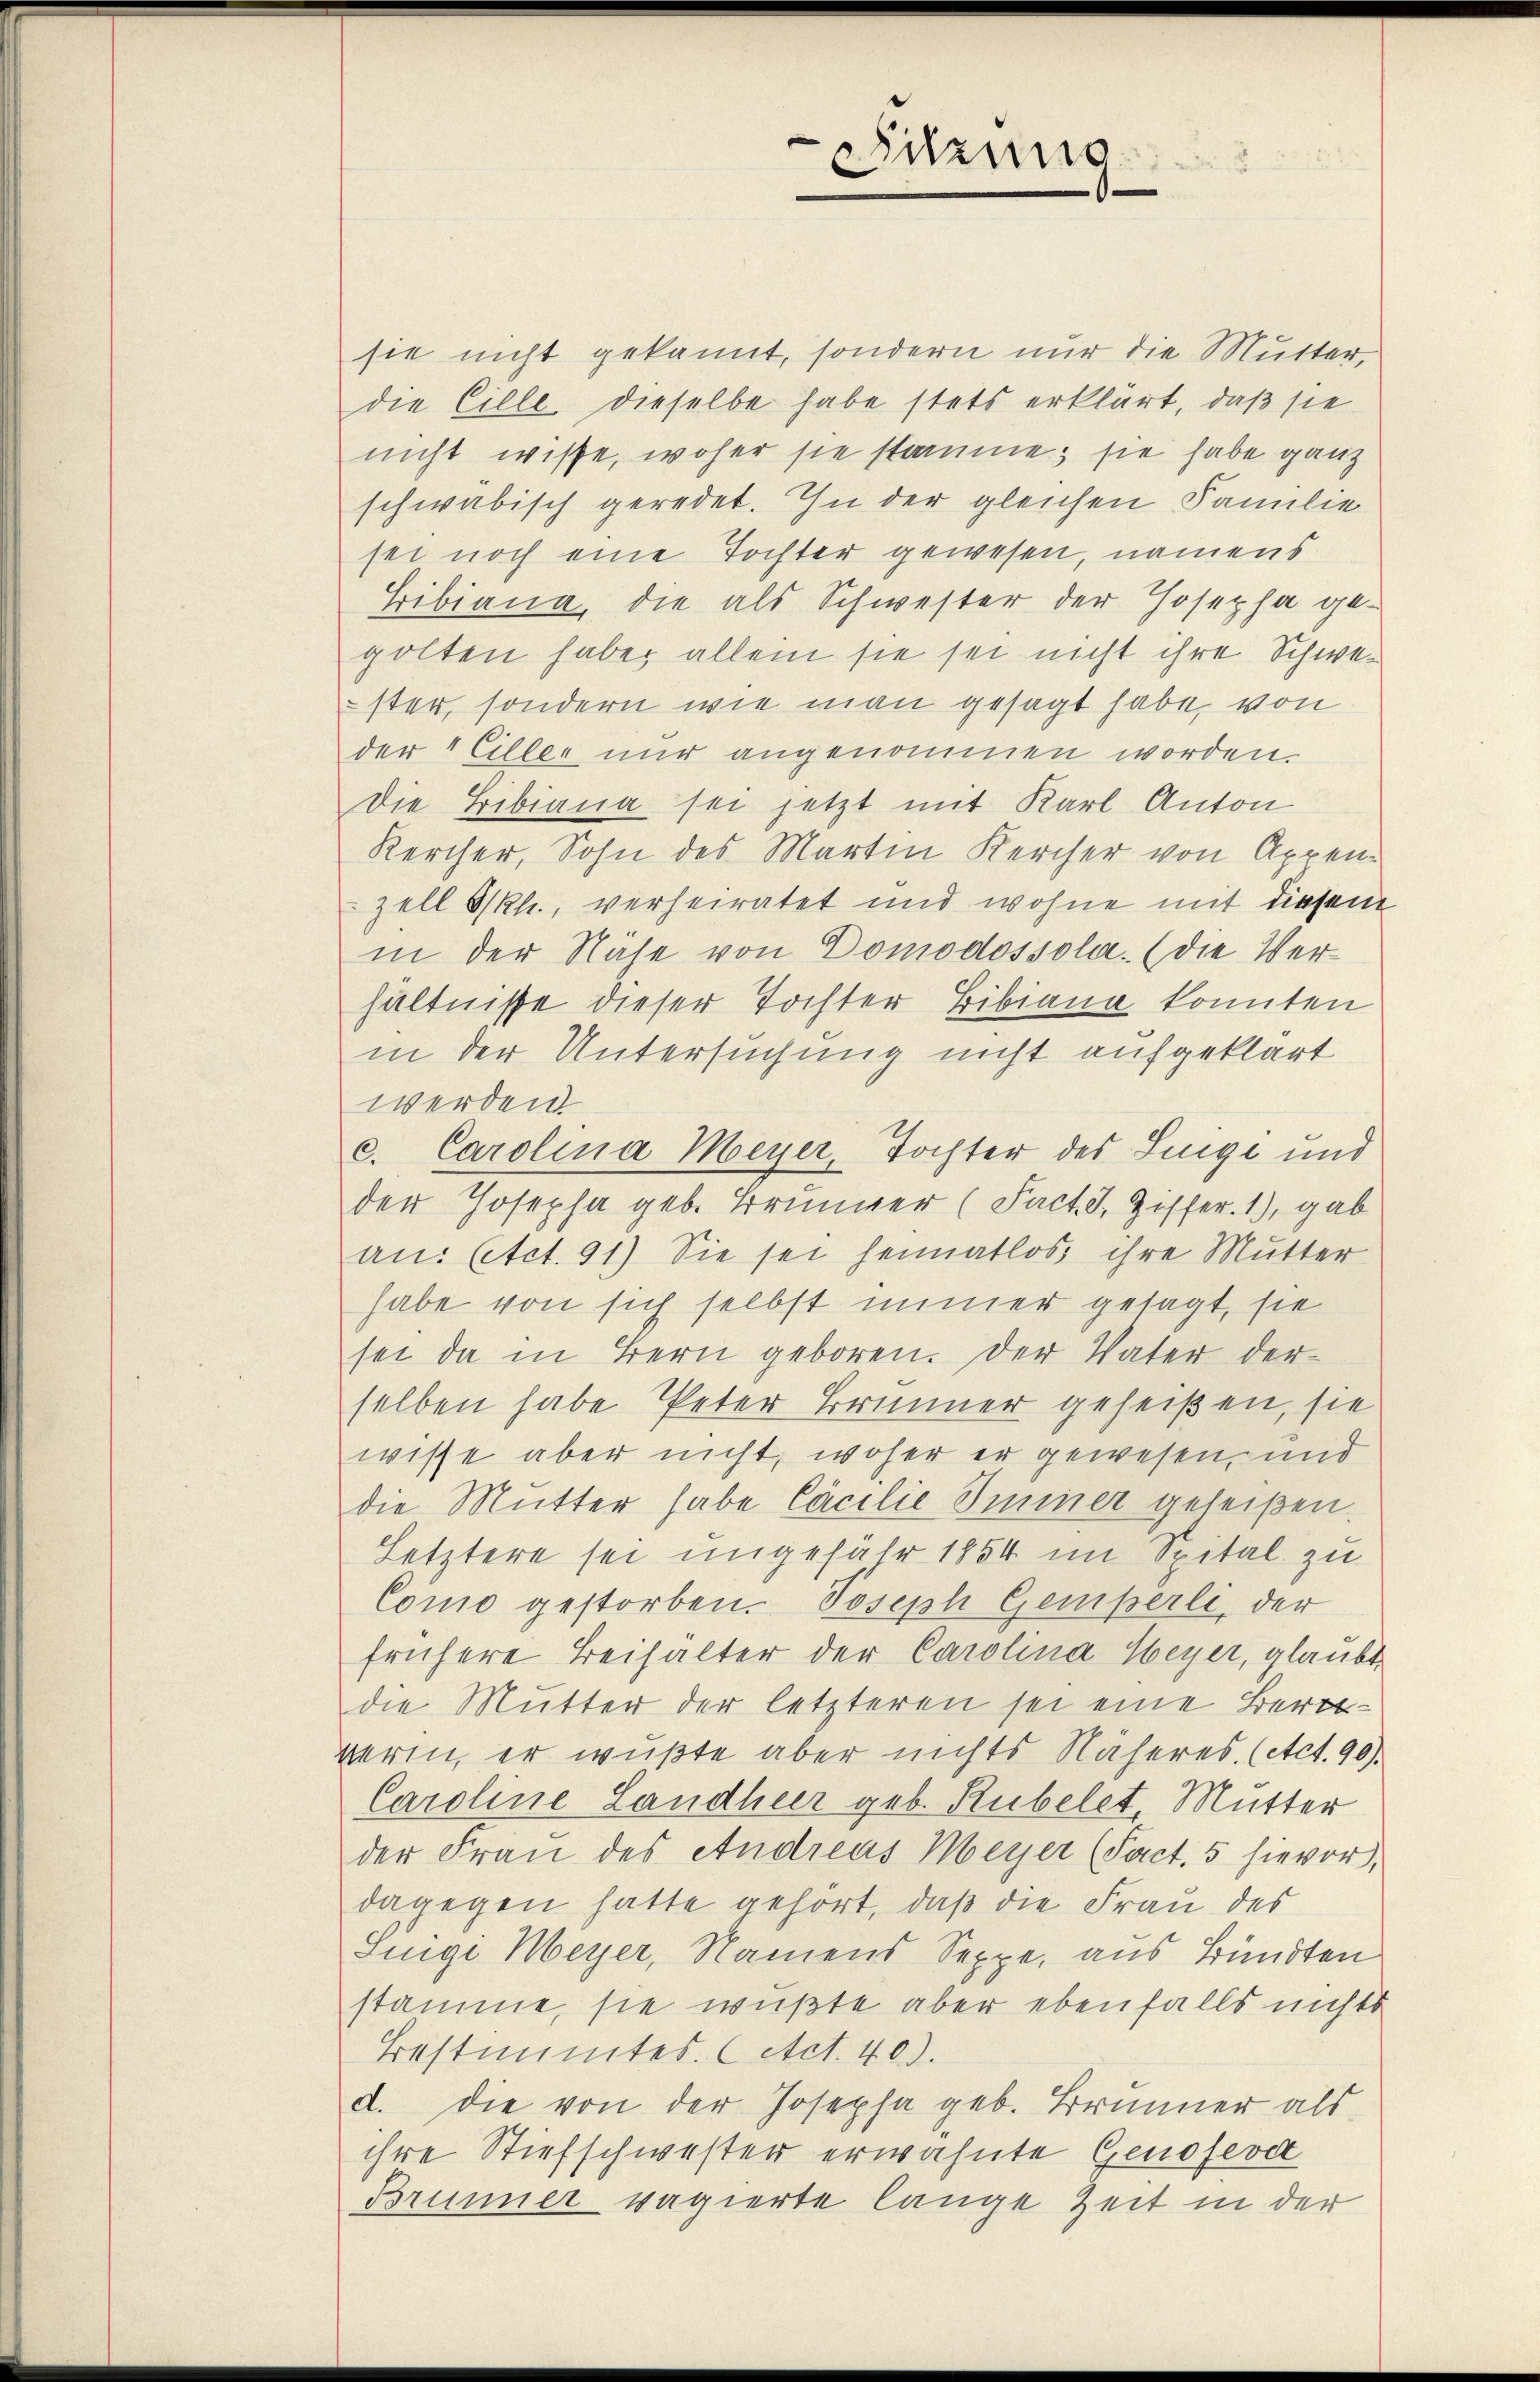
sie nicht gekannt, sondern nur die Mutter,
die Cille dieselbe habe stets erklärt, daß sie
nicht wisse, woher sie staume; sie habe ganz
schwäbisch geredet. In der gleichen Familie
sei noch eine Tochter gewesen, namens
Tibiana, die als Schwester der Josepha gegolten habe, allein sie sei nicht ihre Schwester, sondern wie man gesagt habe, von
der 1 Eiller nur angenommen worden.
Die Bibiana sei jetzt mit Karl Anton
Kercher, Sohn des Martin Kercher von Appen-
zell I/Rh., verheiratet und wohne mit diesen
in der Nähe von Domodossola. (die Verhältnisse dieser Tochter Bibiana konnten
in der Untersuchung nicht aufgeklärt
werden
c. Carolina Meyer, Tochter des Lunge und
der Josepha geb. Brunner (Fact. I. Ziffer. 1), gab
an: (etct. 91) Sie sei heimatlos, ihre Mutter
habe von sich selbst immer gesagt, sie
sei da in Bern geboren. Der Vater derselben habe Peter Brunner geheißen, sie
wisse aber nicht, woher er gewesen, und
die Mutter habe Cäcilie Immer geleißen.
Letztere sei ungefähr 1854 im Spital zu
Como gestorben. Joseph Gemperli, der
frühere Beihalter der Carolina Weyer, glaubt
die Mutter der letzteren sei eine Bertwerin, er wußte aber nichts Näheres. (Act. 90).
Caroline Landheer geb. Rubelet, Mutter
der Frau des Andreas Meyer (Fact. 5 hievor,
dagegen hatte gehört, daß die Frau des
Singe Meyer, Namens Seppe, aus Bündten
stamme, sie wußte aber ebenfalls nichts
Bestimmtes. (Act. 40).
d. Die von der Josepha geb. Brŭnner als
ihre Stiefschwester erwähnte Genoserd
Brunner vagierte lange Zeit in der

Sitzung